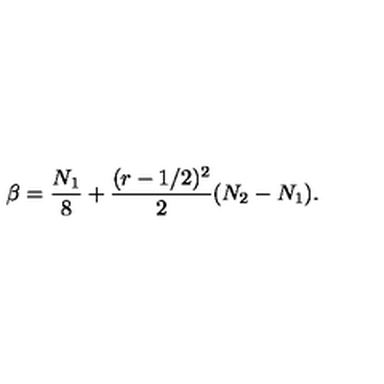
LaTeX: \beta = \frac { N _ { 1 } } { 8 } + \frac { ( r - 1 / 2 ) ^ { 2 } } { 2 } ( N _ { 2 } - N _ { 1 } ) .